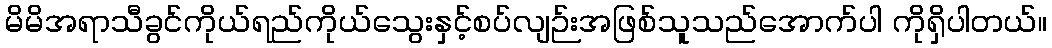
မိမိအရာသီခွင်ကိုယ်ရည်ကိုယ်သွေးနှင့်စပ်လျဉ်းအဖြစ်သူသည်အောက်ပါ ကိုရှိပါတယ်။